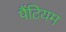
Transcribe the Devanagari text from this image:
पैंटियम